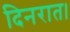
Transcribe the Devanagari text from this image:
दिनरात।